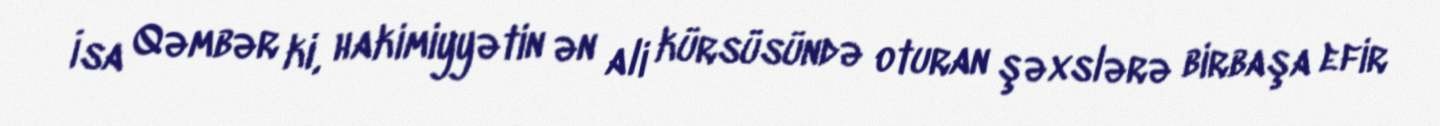
İsa Qəmbər ki, hakimiyyətin ən ali kürsüsündə oturan şəxslərə birbaşa efir